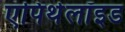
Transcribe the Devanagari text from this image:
एपिथेलॉइड